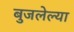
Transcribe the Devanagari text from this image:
बुजलेल्या